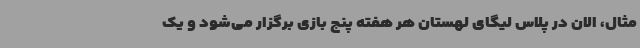
مثال، الان در پلاس لیگای لهستان هر هفته پنج بازی برگزار می‌شود و یک